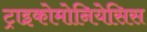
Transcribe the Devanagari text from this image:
ट्राइकोमोनियेसिस